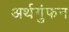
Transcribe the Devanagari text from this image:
अर्थगुंफन